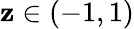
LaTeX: \mathbf{z}\in(-1,1)